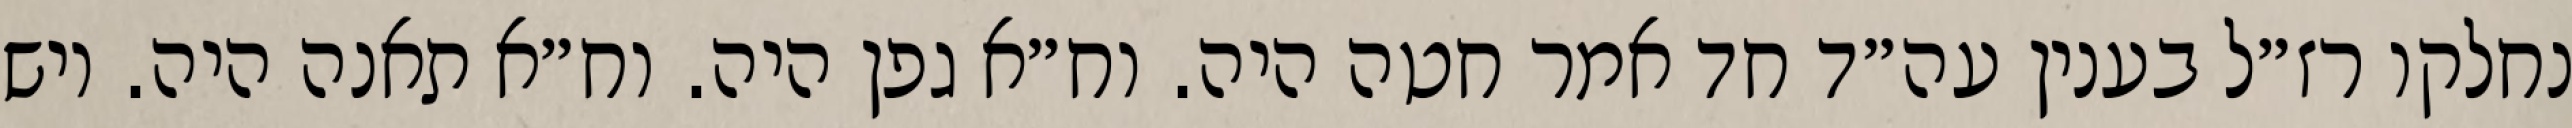
נחלקו רז״ל בענין עה״ד חד אמר חטה היה. וח״א גפן היה. וח״א תאנה היה. ויש